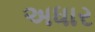
અધાર